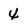
Character: 4